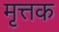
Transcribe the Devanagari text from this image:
मृत्तक